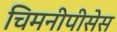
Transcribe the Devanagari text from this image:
चिमनीपीसेस